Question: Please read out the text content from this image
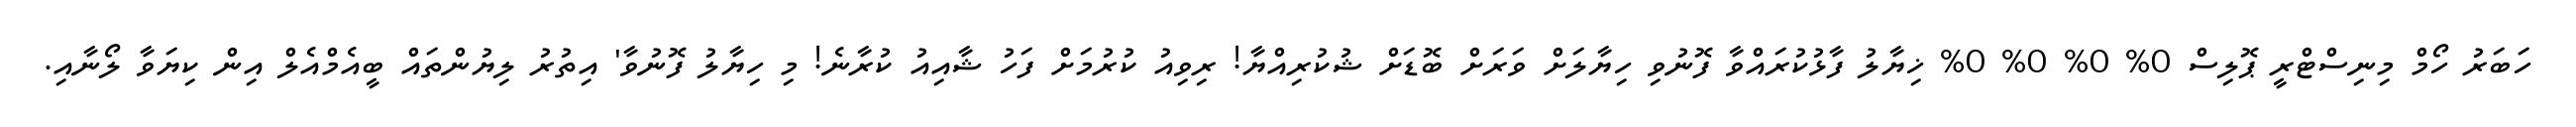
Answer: ހަބަރު ހޯމް މިނިސްޓްރީ ޕޮލިސް 0% 0% 0% 0% ޚިޔާލު ފާޅުކުރައްވާ ފޮނުވި ހިޔާލަށް ވަރަށް ބޮޑަށް ޝުކުރިއްޔާ! ރިވިއު ކުރުމަށް ފަހު ޝާއިއު ކުރާނެ! މި ހިޔާލު ފޮނުވާ' އިތުރު ލިޔުންތައް ބީއެމްއެލް އިން ކިޔަވާ ލޯނާއި.